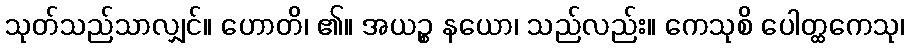
သုတ်သည်သာလျှင်။ ဟောတိ၊ ၏။ အယဉ္စ နယော၊ သည်လည်း။ ကေသုစိ ပေါတ္ထကေသု၊